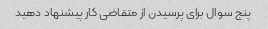
پنج سوال برای پرسیدن از متقاضی کار پیشنهاد دهید